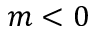
m < 0